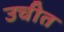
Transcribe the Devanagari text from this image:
उचीत